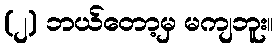
(၂) ဘယ်တော့မှ မကျဘူး။